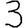
Digit: 3